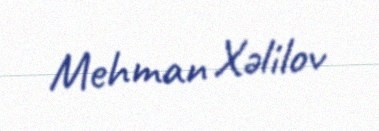
Mehman Xəlilov